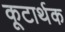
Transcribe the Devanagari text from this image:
कूटार्थक